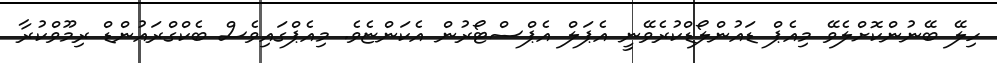
ހިލޭ ބޭނުންކޮށްލެވޭ މިއެޕް ޑައުންލޯޑްކުރެވޭނީ އެޕަލް އެޕްސްޓޯރުން އެކަންޏެވެ. މިއެޕްގައިވެސް ބެކްގްރައުންޑް ރިމޫވްކުރާ